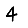
Digit: 4